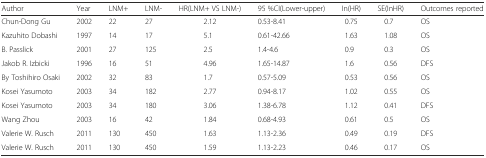
| Author | Year | LNM+ | LNM- | HR(LNM+ VS LNM-) | 95 %CI(Lower-upper) | In(HR) | SE(InHR) | Outcomes reported |
 | --- | --- | --- | --- | --- | --- | --- | --- | --- |
 | Chun-Dong Gu | 2002 | 22 | 27 | 2.12 | 0.53-8.41 | 0.75 | 0.7 | OS |
 | Kazuhito Dobashi | 1997 | 14 | 17 | 5.1 | 0.61-42.66 | 1.63 | 1.08 | OS |
 | B. Passlick | 2001 | 27 | 125 | 2.5 | 1.4-4.6 | 0.9 | 0.3 | OS |
 | Jakob R. Izbicki | 1996 | 16 | 51 | 4.96 | 1.65-14.87 | 1.6 | 0.56 | DFS |
 | By Toshihiro Osaki | 2002 | 32 | 83 | 1.7 | 0.57-5.09 | 0.53 | 0.56 | OS |
 | Kosei Yasumoto | 2003 | 34 | 182 | 2.77 | 0.94-8.17 | 1.02 | 0.55 | OS |
 | Kosei Yasumoto | 2003 | 34 | 180 | 3.06 | 1.38-6.78 | 1.12 | 0.41 | DFS |
 | Wang Zhou | 2003 | 16 | 42 | 1.84 | 0.68-4.93 | 0.61 | 0.5 | OS |
 | Valerie W. Rusch | 2011 | 130 | 450 | 1.63 | 1.13-2.36 | 0.49 | 0.19 | DFS |
 | Valerie W. Rusch | 2011 | 130 | 450 | 1.59 | 1.13-2.23 | 0.46 | 0.17 | OS |